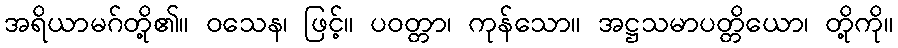
အရိယာမဂ်တို့၏။ ဝသေန၊ ဖြင့်။ ပဝတ္တာ၊ ကုန်သော။ အဋ္ဌသမာပတ္တိယော၊ တို့ကို။